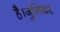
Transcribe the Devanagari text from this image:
है।जुनियर